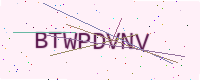
Text: BTWPDVNV